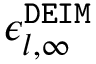
\epsilon _ { l , \infty } ^ { \tt D E I M }